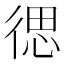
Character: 𮱽